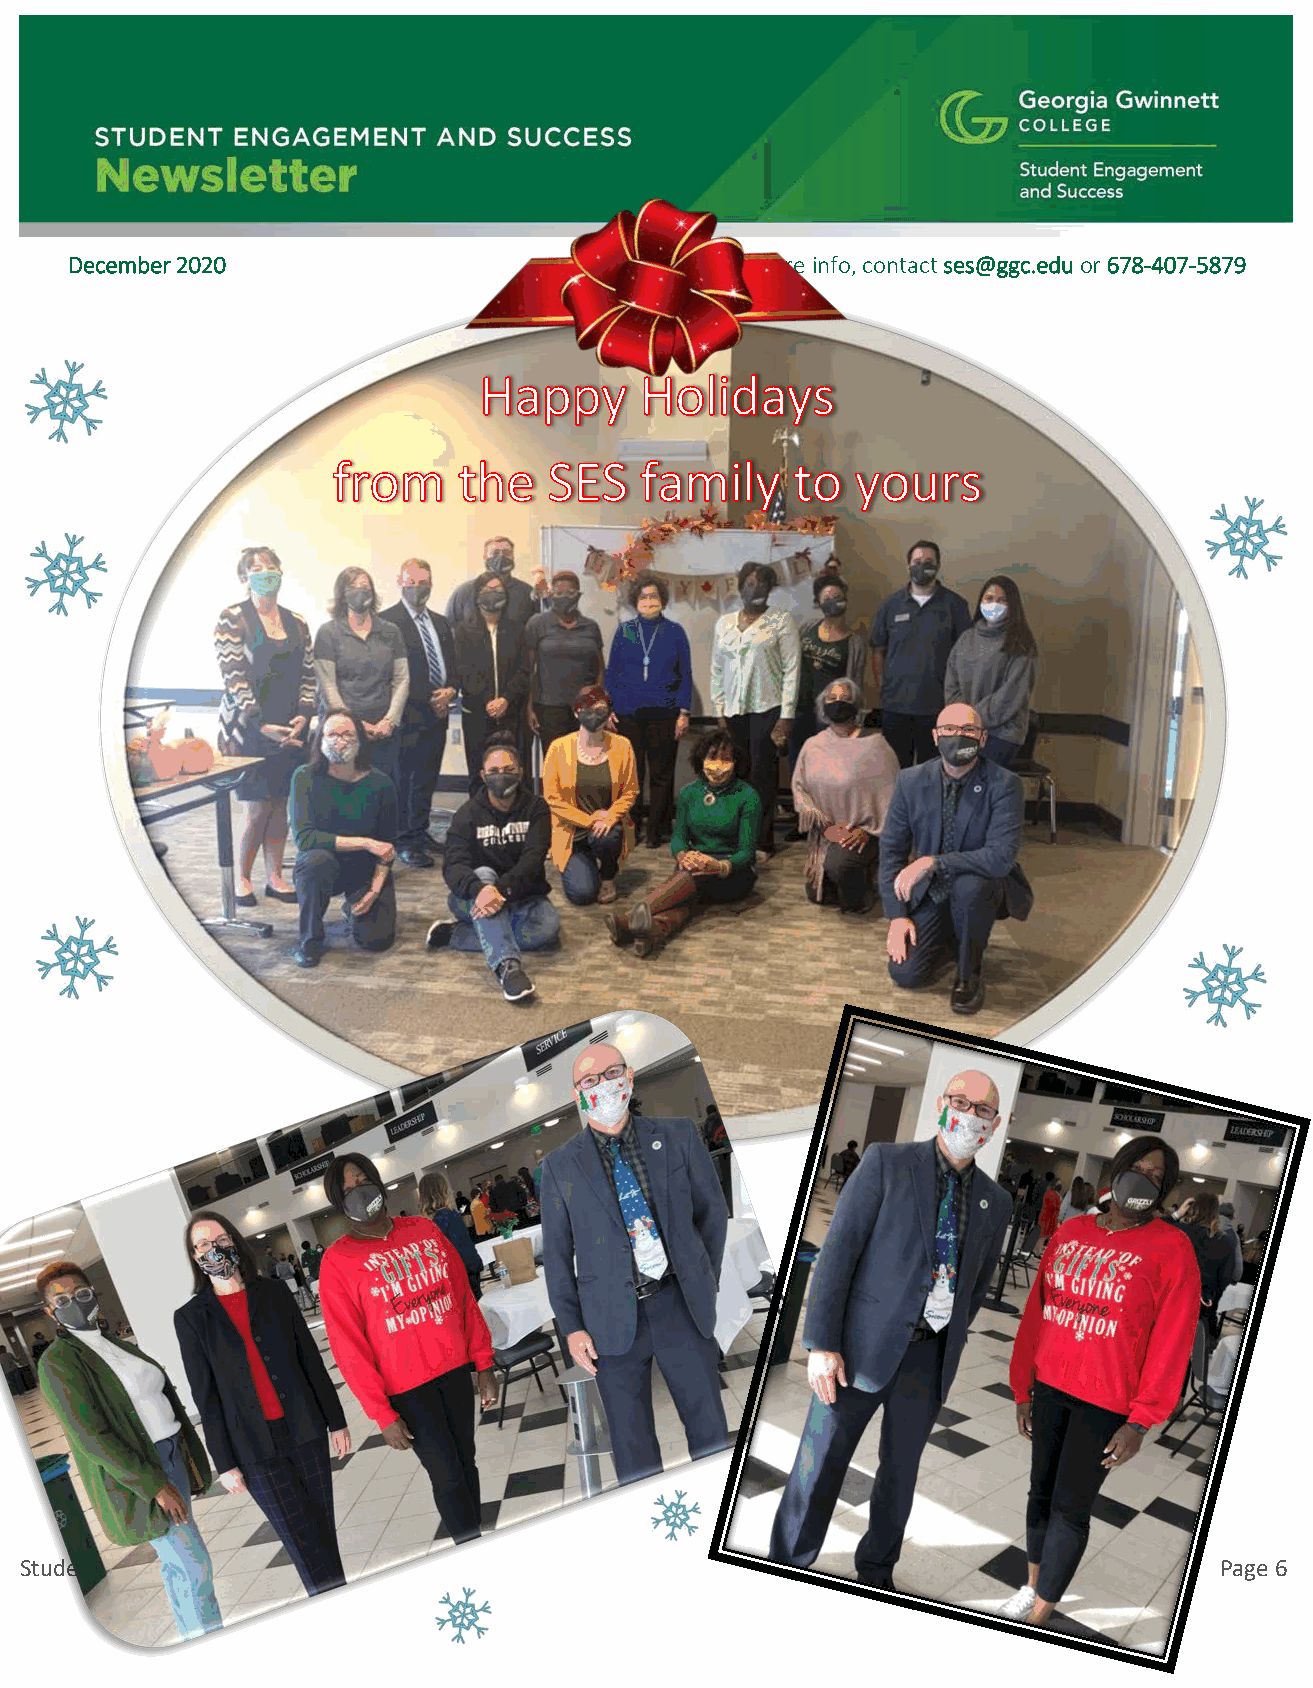
December 2020                              For more info, contact ses@ggc.edu or 678-407-5879
 Student Engagement and Success                                                  Page 6